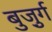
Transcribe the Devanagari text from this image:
बुजु़र्ग